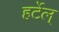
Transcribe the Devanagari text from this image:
हर्टेल्